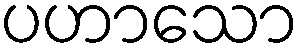
ပဟာသော